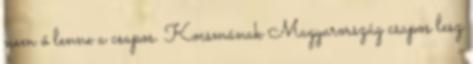
nem ő lenne a csapos. Kocsmának Magyarország csapos lesz